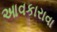
આવકારાવા